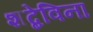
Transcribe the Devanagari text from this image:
शब्देविना